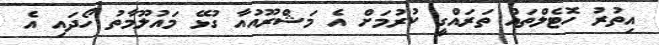
އިތުރު ހޮޓެލްތައް ތަރައްގީ ކުރުމަށް އެ މަޝްރޫއުއާ ގުޅޭ މައުލޫމާތު ހޯދައި އެ